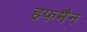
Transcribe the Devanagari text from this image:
हफमैन